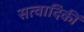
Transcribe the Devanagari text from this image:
सत्वादिकीं